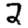
Digit: 2